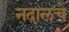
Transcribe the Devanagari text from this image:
नदालचे